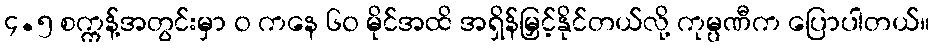
၄.၅ စက္ကန့်အတွင်းမှာ ၀ ကနေ ၆၀ မိုင်အထိ အရှိန်မြှင့်နိုင်တယ်လို့ ကုမ္ပဏီက ပြောပါတယ်။